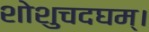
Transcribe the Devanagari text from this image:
शोशुचदघम्।